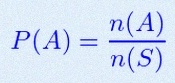
P(A)=\frac{n(A)}{n(S)}